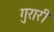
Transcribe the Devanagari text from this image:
गुरारी